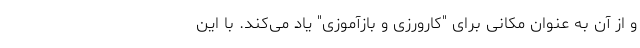
و از آن به عنوان مکانی برای "کارورزی و بازآموزی" یاد می‌کند. با این